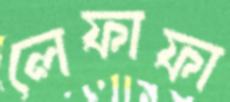
লেফাফা